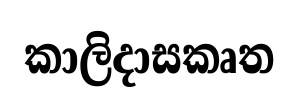
කාලිදාසකෘත